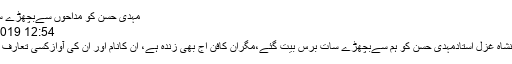
مہدی حسن کو مداحوں سےبچھڑے سات برس بیت گئے
12:54 AM | 13 Jun, 2019
لاہور(24 نیوز) شہنشاہِ غزل استادمہدی حسن کو ہم سےبچھڑے سات برس بیت گئے،مگراُن کافن آج بھی زندہ ہے، ان کانام اور ان کی آوازکسی تعارف کی محتاج نہیں ہے۔